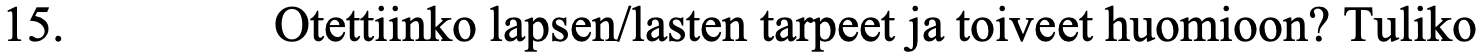
15.      Otettiinko lapsen/lasten tarpeet ja toiveet huomioon? Tuliko